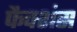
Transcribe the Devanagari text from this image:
फैक्शंस